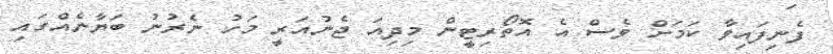
ފެނިފައިވާ ކަމަށް ވެސް އެ އޮތޯރިޓީން މިދިއަ ޖެނުއަރީ މަހު ނެރުނު ބަޔާނެއްގައި